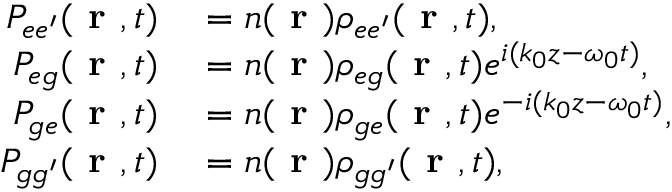
\begin{array} { r l } { P _ { e e ^ { \prime } } ( \textbf { r } , t ) } & { { } = n ( \textbf { r } ) \rho _ { e e ^ { \prime } } ( \textbf { r } , t ) , } \\ { P _ { e g } ( \textbf { r } , t ) } & { { } = n ( \textbf { r } ) \rho _ { e g } ( \textbf { r } , t ) e ^ { i ( k _ { 0 } z - \omega _ { 0 } t ) } , } \\ { P _ { g e } ( \textbf { r } , t ) } & { { } = n ( \textbf { r } ) \rho _ { g e } ( \textbf { r } , t ) e ^ { - i ( k _ { 0 } z - \omega _ { 0 } t ) } , } \\ { P _ { g g ^ { \prime } } ( \textbf { r } , t ) } & { { } = n ( \textbf { r } ) \rho _ { g g ^ { \prime } } ( \textbf { r } , t ) , } \end{array}